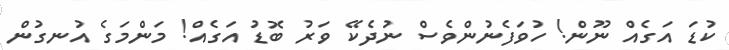
ކުޑަ އަގެއް ނޫން! ހުވަފެނުންވެސް ނުދެކޭ ވަރު ބޮޑު އަގެއް! މަންމަގެ އުނގުން